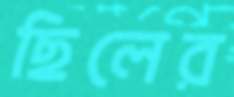
ছিলের